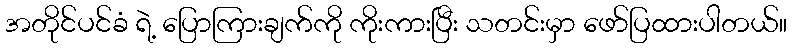
အတိုင်ပင်ခံ ရဲ့ ပြောကြားချက်ကို ကိုးကားပြီး သတင်းမှာ ဖော်ပြထားပါတယ်။